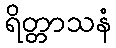
ရိတ္တာသနံ